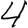
Digit: 4